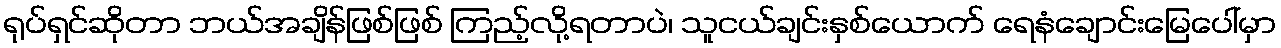
ရုပ်ရှင်ဆိုတာ ဘယ်အချိန်ဖြစ်ဖြစ် ကြည့်လို့ရတာပဲ၊ သူငယ်ချင်းနှစ်ယောက် ရေနံချောင်းမြေပေါ်မှာ